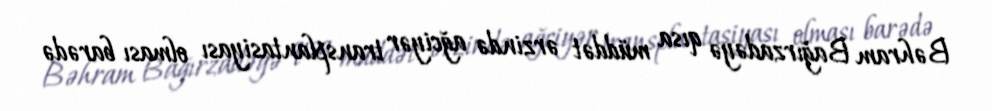
Bəhram Bağırzadəyə qısa müddət ərzində ağciyər transplantasiyası olması barədə